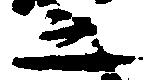
之